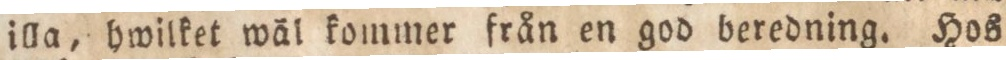
illa, hwilket wäl kommer från en god beredning. Hos